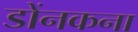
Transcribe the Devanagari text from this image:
डोंनकना